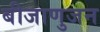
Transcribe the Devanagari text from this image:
बीजाणुजन